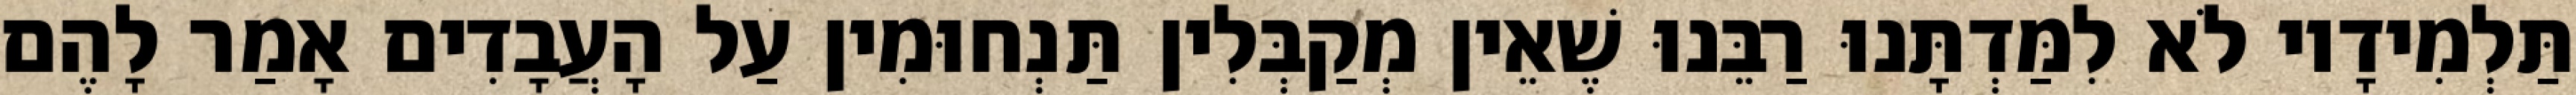
תַּלְמִידָיו לֹא לִמַּדְתָּנוּ רַבֵּנוּ שֶׁאֵין מְקַבְּלִין תַּנְחוּמִין עַל הָעֲבָדִים אָמַר לָהֶם